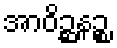
အာဝိဉ္ဆနဉ္စ